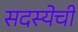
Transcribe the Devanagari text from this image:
सदस्येची